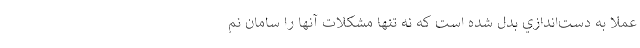
عملا به دست‌اندازي بدل شده است كه نه تنها مشكلات آنها را سامان نم